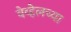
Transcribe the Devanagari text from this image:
वेव्हेलच्या